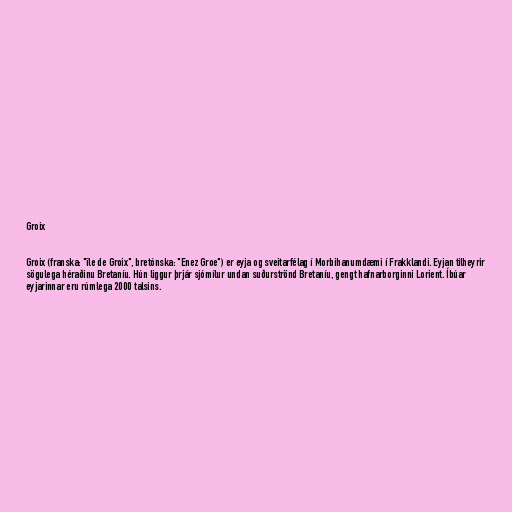
Groix

Groix (franska: "île de Groix", bretónska: "Enez Groe") er eyja og sveitarfélag í Morbihanumdæmi í Frakklandi. Eyjan tilheyrir
sögulega héraðinu Bretaníu. Hún liggur þrjár sjómílur undan suðurströnd Bretaníu, gengt hafnarborginni Lorient. Íbúar
eyjarinnar eru rúmlega 2000 talsins.